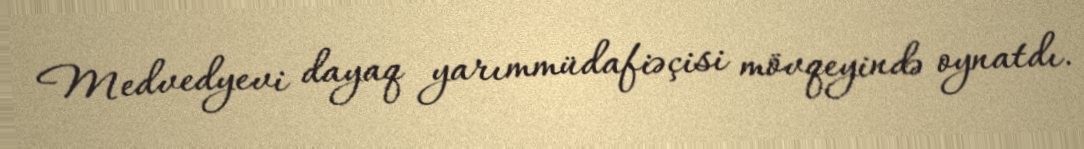
Medvedyevi dayaq yarımmüdafiəçisi mövqeyində oynatdı.